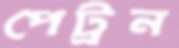
পেট্রন